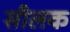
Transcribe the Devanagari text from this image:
सीलक